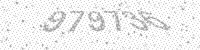
Solution: 979736